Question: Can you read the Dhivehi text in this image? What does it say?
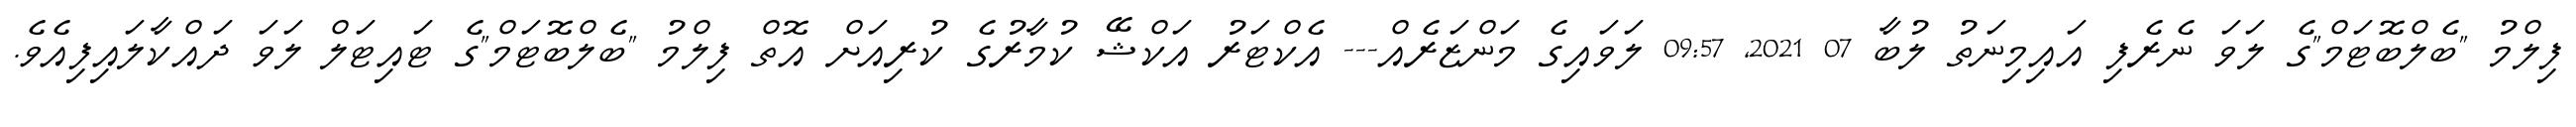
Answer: ފިލްމު "ބެލްބޮޓަމް"ގެ ލަވަ ނެރެފި އައިމިނަތު ލުބާ 07 2021, 09:57 ލަވައިގެ މަންޒަރެއް--- އެކްޓަރު އަކްޝޭ ކުމާރުގެ ކުރިއަށް އޮތް ފިލްމު "ބެލްބޮޓަމް"ގެ ޓައިޓަލް ލަވަ ދައްކާލައިފިއެވެ.